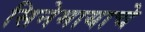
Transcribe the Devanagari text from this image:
सिनेमायाचे